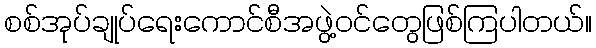
စစ်အုပ်ချုပ်ရေးကောင်စီအဖွဲ့ဝင်တွေဖြစ်ကြပါတယ်။